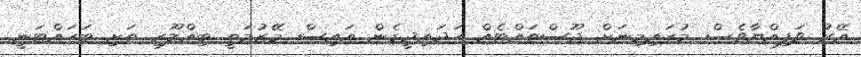
އޭރު ވަފިއްޔާވެސް މުހައިމިނަށް ޖޫސްތައްޓެއް ހަދައިދީގެން އައިސް މޭޒުމަތީ ބިއްލޫރި ތަށި ބަހައްޓަނީ